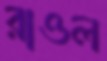
রাওল